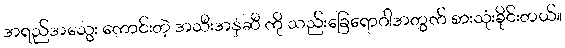
အရည်အသွေး ကောင်းတဲ့ အသီးအနှံဆီ ကို သည်းခြေရောဂါအတွက် စားသုံးခိုင်းတယ်။